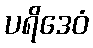
ပရိဒေဝံ